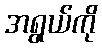
အရွယ်ကို